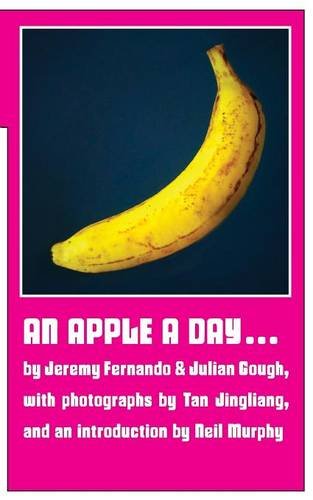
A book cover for An Apple a Day ...; Julian Gough; Literature & Fiction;